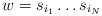
\begin{align*}w = s_{i_1} \ldots s_{i_N}\end{align*}